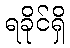
ရခိုင်ရှိ